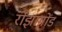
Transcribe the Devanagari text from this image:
रोझामोंड